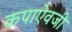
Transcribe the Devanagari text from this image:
कपाऐवजी